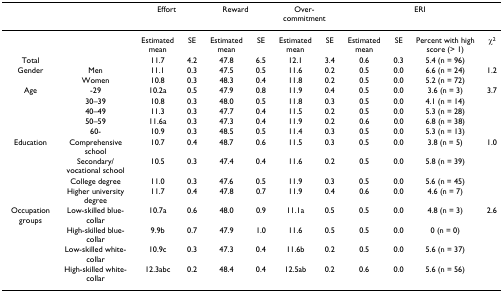
<table><thead><tr><td></td><td></td><td colspan="2"><b>Effort</b></td><td colspan="2"><b>Reward</b></td><td colspan="2"><b>Over-commitment</b></td><td colspan="4"><b>ERI</b></td></tr></thead><tbody><tr><td></td><td></td><td>Estimated mean</td><td>SE</td><td>Estimated mean</td><td>SE</td><td>Estimated mean</td><td>SE</td><td>Estimated mean</td><td>SE</td><td>Percent with high score (&gt; 1)</td><td>χ<sup>2</sup></td></tr><tr><td>Total</td><td></td><td>11.7</td><td>4.2</td><td>47.8</td><td>6.5</td><td>12.1</td><td>3.4</td><td>0.6</td><td>0.3</td><td>5.4 (n = 96)</td><td></td></tr><tr><td>Gender</td><td>Men</td><td>11.1</td><td>0.3</td><td>47.5</td><td>0.5</td><td>11.6</td><td>0.2</td><td>0.5</td><td>0.0</td><td>6.6 (n = 24)</td><td>1.2</td></tr><tr><td></td><td>Women</td><td>10.8</td><td>0.3</td><td>48.3</td><td>0.4</td><td>11.8</td><td>0.2</td><td>0.5</td><td>0.0</td><td>5.2 (n = 72)</td><td></td></tr><tr><td>Age</td><td>-29</td><td>10.2a</td><td>0.5</td><td>47.9</td><td>0.8</td><td>11.9</td><td>0.4</td><td>0.5</td><td>0.0</td><td>3.6 (n = 3)</td><td>3.7</td></tr><tr><td></td><td>30–39</td><td>10.8</td><td>0.3</td><td>48.0</td><td>0.5</td><td>11.8</td><td>0.3</td><td>0.5</td><td>0.0</td><td>4.1 (n = 14)</td><td></td></tr><tr><td></td><td>40–49</td><td>11.3</td><td>0.3</td><td>47.7</td><td>0.4</td><td>11.5</td><td>0.2</td><td>0.5</td><td>0.0</td><td>5.3 (n = 28)</td><td></td></tr><tr><td></td><td>50–59</td><td>11.6a</td><td>0.3</td><td>47.3</td><td>0.4</td><td>11.9</td><td>0.2</td><td>0.6</td><td>0.0</td><td>6.8 (n = 38)</td><td></td></tr><tr><td></td><td>60-</td><td>10.9</td><td>0.3</td><td>48.5</td><td>0.5</td><td>11.4</td><td>0.3</td><td>0.5</td><td>0.0</td><td>5.3 (n = 13)</td><td></td></tr><tr><td>Education</td><td>Comprehensive school</td><td>10.7</td><td>0.4</td><td>48.7</td><td>0.6</td><td>11.5</td><td>0.3</td><td>0.5</td><td>0.0</td><td>3.8 (n = 5)</td><td>1.0</td></tr><tr><td></td><td>Secondary/vocational school</td><td>10.5</td><td>0.3</td><td>47.4</td><td>0.4</td><td>11.6</td><td>0.2</td><td>0.5</td><td>0.0</td><td>5.8 (n = 39)</td><td></td></tr><tr><td></td><td>College degree</td><td>11.0</td><td>0.3</td><td>47.6</td><td>0.5</td><td>11.9</td><td>0.3</td><td>0.5</td><td>0.0</td><td>5.6 (n = 45)</td><td></td></tr><tr><td></td><td>Higher university degree</td><td>11.7</td><td>0.4</td><td>47.8</td><td>0.7</td><td>11.9</td><td>0.4</td><td>0.6</td><td>0.0</td><td>4.6 (n = 7)</td><td></td></tr><tr><td>Occupation groups</td><td>Low-skilled blue-collar</td><td>10.7a</td><td>0.6</td><td>48.0</td><td>0.9</td><td>11.1a</td><td>0.5</td><td>0.5</td><td>0.0</td><td>4.8 (n = 3)</td><td>2.6</td></tr><tr><td></td><td>High-skilled blue-collar</td><td>9.9b</td><td>0.7</td><td>47.9</td><td>1.0</td><td>11.6</td><td>0.5</td><td>0.5</td><td>0.0</td><td>0 (n = 0)</td><td></td></tr><tr><td></td><td>Low-skilled white-collar</td><td>10.9c</td><td>0.3</td><td>47.3</td><td>0.4</td><td>11.6b</td><td>0.2</td><td>0.5</td><td>0.0</td><td>5.6 (n = 37)</td><td></td></tr><tr><td></td><td>High-skilled white-collar</td><td>12.3abc</td><td>0.2</td><td>48.4</td><td>0.4</td><td>12.5ab</td><td>0.2</td><td>0.6</td><td>0.0</td><td>5.6 (n = 56)</td><td></td></tr></tbody></table>